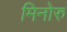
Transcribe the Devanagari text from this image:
मिनोरु